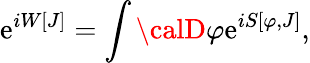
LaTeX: \mathrm{e}^{iW[J]}=\int{\calD}\varphi\mathrm{e}^{iS[\varphi,J]},